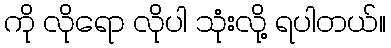
ကို လိုရော လိုပါ သုံးလို့ ရပါတယ်။